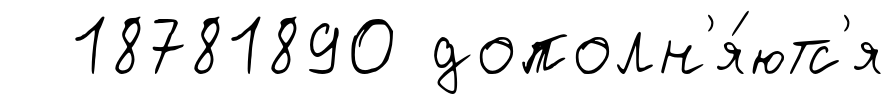
18781890 дополн'я́ютс'я